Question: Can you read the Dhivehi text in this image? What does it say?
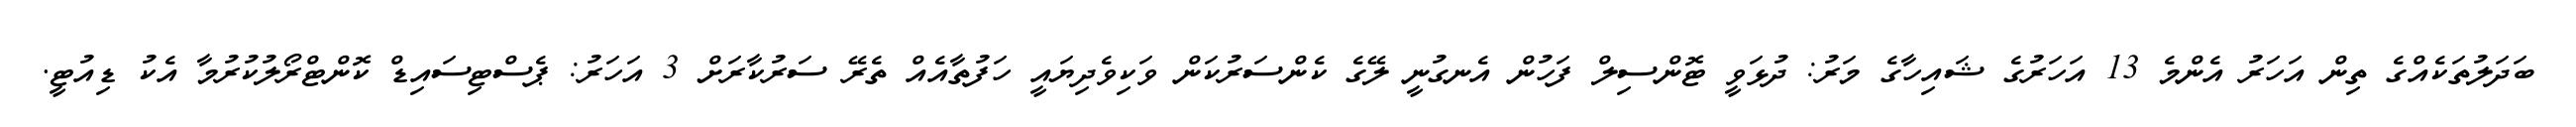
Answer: ބަދަލުތަކެއްގެ ތިން އަހަރު އެންމެ 13 އަހަރުގެ ޝައިހާގެ މަރު: ދުޅަވީ ޓޮންސިލް ފަހުން އެނގުނީ ލޭގެ ކެންސަރުކަން ވަކިވެދިޔައީ ހަފުތާއެއް ތެރޭ ސަރުކާރަށް 3 އަހަރު: ޕެސްޓިސައިޑް ކޮންޓްރޯލުކުރުމާ އެކު ޑިއުޓީ.